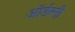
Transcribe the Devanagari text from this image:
ऑर्डरनी